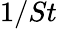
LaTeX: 1/St